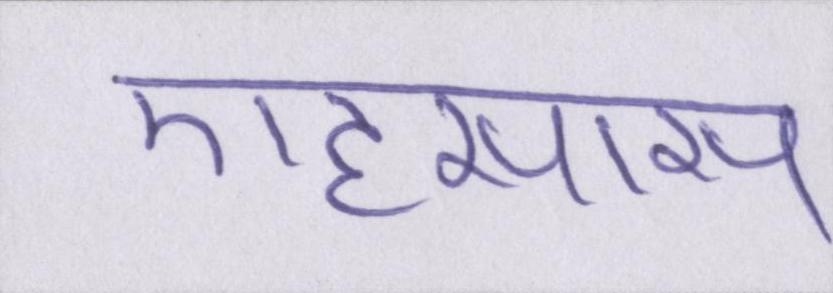
एहसास